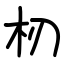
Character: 杒